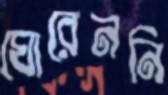
ঘোরেননি